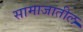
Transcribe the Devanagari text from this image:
सामाजातील